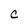
Character: c